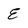
Character: E